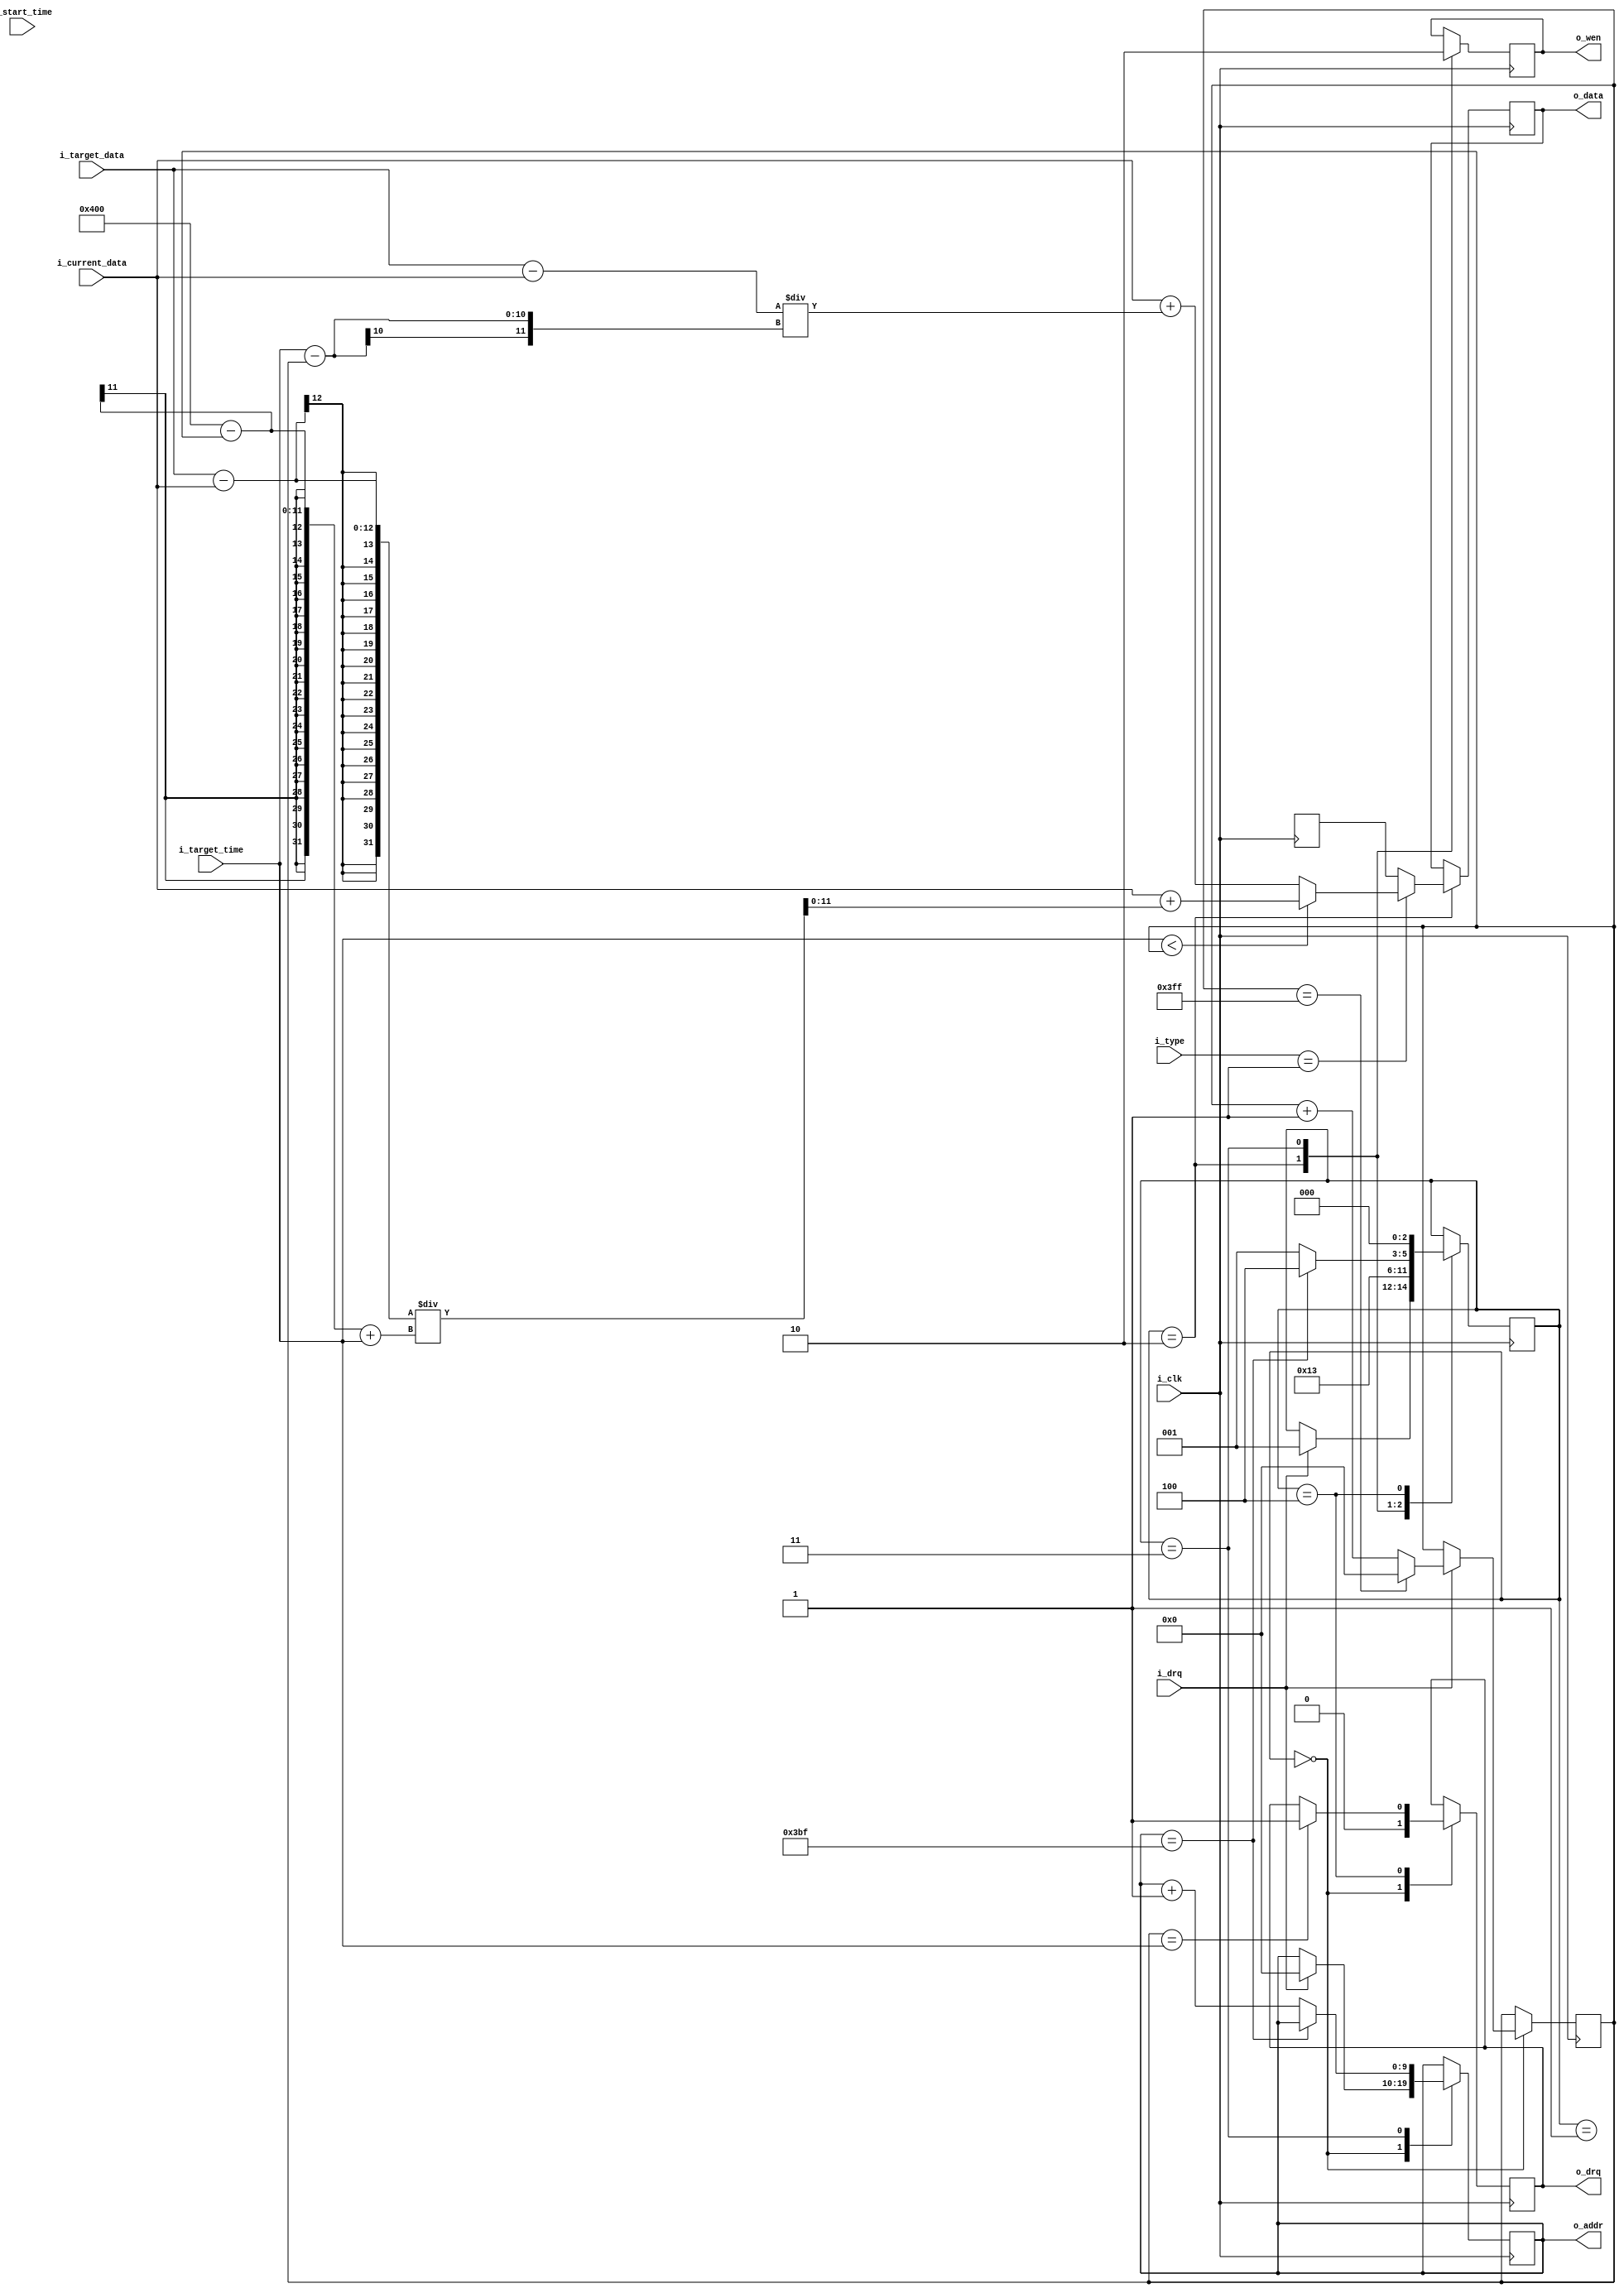
module animator #( 
  parameter c_ledboards = 30,
  parameter c_bpc = 12,
  parameter c_max_time = 1024,
  parameter c_max_type = 64,
  parameter c_channels = c_ledboards * 32,
  parameter c_addr_w = $clog2(c_channels),
  parameter c_time_w = $clog2(c_max_time),
  parameter c_type_w = $clog2(c_max_type)
)(
  input i_clk, i_drq,
  input [c_bpc-1:0] i_target_data, i_current_data,
  input [c_type_w-1:0] i_type,
  input [c_time_w-1:0] i_target_time, i_start_time,
  output o_wen,
  output [c_addr_w-1:0] o_addr,
  output [c_bpc-1:0] o_data,
  output o_drq
);

  localparam c_channels_1 = c_channels - 1;
  localparam c_max_time_1 = c_max_time - 1;

  reg [c_addr_w-1:0] r_addr = 0;
  reg [c_bpc-1:0] r_data = 0;
  reg r_wen = 0;
  reg r_drq = 0;

  reg [c_time_w-1:0] r_count = 0;

  localparam s_wait =  3'd0;
  localparam s_read =  3'd1;
  localparam s_anim =  3'd2;
  localparam s_write = 3'd3;
  localparam s_end =   3'd4;
  reg [2:0] r_state = s_wait;

  localparam c_anim_linear =  1'd1; 

  /* verilator lint_off WIDTH */
  task calculate;

    input [c_type_w-1:0] i_anim_type;
    input [c_bpc-1:0] i_current_data;
    input [c_bpc-1:0] i_target_data; 
    input [c_time_w-1:0] i_start_time;
    input [c_time_w-1:0] i_current_time;
    input [c_time_w-1:0] i_target_time;
    output [c_bpc-1:0] o_data;

    begin
      case (i_anim_type) 
        // TODO BUG division by zero possible
        c_anim_linear: begin
          if (i_target_time < i_current_time) begin
            o_data = i_current_data + (i_target_data - i_current_data) / 
                     (c_max_time - i_current_time + i_target_time);
          end else begin
            o_data = i_current_data + (i_target_data - i_current_data) / 
                     (i_target_time - i_current_time);
          end
        end
        default: begin
        end
      endcase
    end

  endtask
  /* verilator lint_on WIDTH */

  always @(posedge i_clk) begin
    case (r_state)
      s_wait: begin
        if (i_drq == 1'b1) begin
          if (r_count == c_max_time_1[c_time_w-1:0]) begin
            r_count <= 0;
          end else begin
            r_count <= r_count + 1;
          end
          r_addr <= 0;
          r_state <= s_read;
        end
        r_drq <= 0;
      end
      s_read: begin
        r_state <= s_anim;
      end
      s_anim: begin
        calculate(
          i_type,
          i_current_data, i_target_data, 
          i_start_time, r_count, i_target_time, 
          r_data
        );
        r_wen <= 1;
        r_state <= s_write;
      end
      s_write: begin
        r_wen <= 0;
        if (r_addr == c_channels_1[c_addr_w-1:0]) begin
          r_state <= s_end;
        end else begin
          r_addr <= r_addr + 1;
          r_state <= s_read;
        end
      end
      s_end: begin
        if (r_count == i_target_time) begin
          r_drq <= 1'b1;
        end
        r_state <= s_wait;
      end
      default: begin
      end
    endcase
  end

  assign o_addr = r_addr;
  assign o_data = r_data;
  assign o_wen = r_wen;
  assign o_drq = r_drq;

endmodule